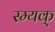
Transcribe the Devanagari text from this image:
स्म्यक्‌